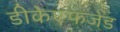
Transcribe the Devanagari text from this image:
डीकेएफजेड